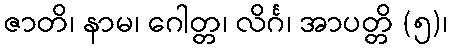
ဇာတိ၊ နာမ၊ ဂေါတ္တ၊ လိင်္ဂ၊ အာပတ္တိ (၅)၊